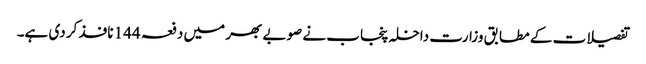
تفصیلات کے مطابق وزارت داخلہ پنجاب نے صوبے بھر میں دفعہ 144 نافذ کر دی ہے۔